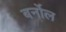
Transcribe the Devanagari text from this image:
बर्नोल